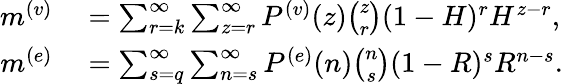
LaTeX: \begin{array}{rl}{m^{(v)}}&{{}=\sum_{r=k}^{\infty}\sum_{z=r}^{\infty}P^{(v)}(z)\binom{z}{r}(1-H)^{r}H^{z-r},}\\ {m^{(e)}}&{{}=\sum_{s=q}^{\infty}\sum_{n=s}^{\infty}P^{(e)}(n)\binom{n}{s}(1-R)^{s}R^{n-s}.}\end{array}